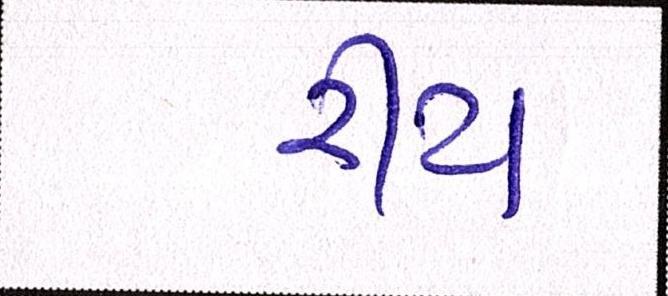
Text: રીટા